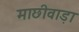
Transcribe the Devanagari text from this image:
माछीवाड़ा